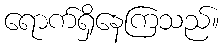
ရောက်ရှိနေကြသည်။